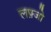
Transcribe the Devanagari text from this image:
लफ़्जो